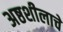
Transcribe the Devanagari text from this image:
अष्ठशीलाचे